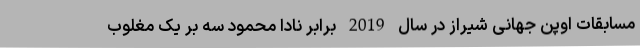
مسابقات اوپن جهانی شیراز در سال 2019 برابر نادا محمود سه بر یک مغلوب